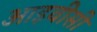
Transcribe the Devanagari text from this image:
आइवीसी